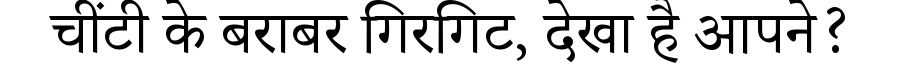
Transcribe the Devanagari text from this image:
चींटी के बराबर गिरगिट, देखा है आपने?